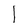
Character: I